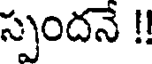
స్పందనే !!